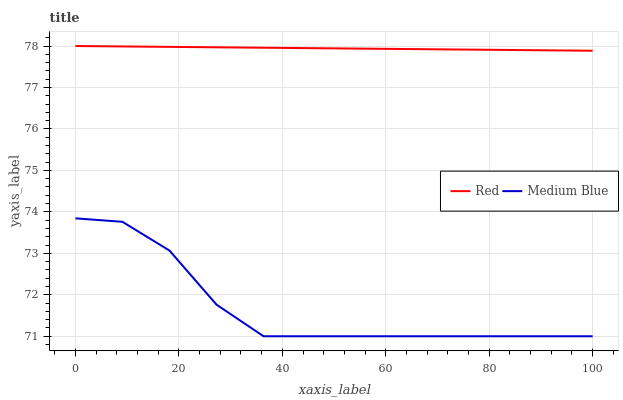
| xaxis_label | Red | Medium Blue |
 | --- | --- | --- |
 | 0 | 78 | 73.8 |
 | 9.09 | 78 | 73.8 |
 | 18.2 | 78 | 73.1 |
 | 27.3 | 78 | 71.8 |
 | 36.4 | 78 | 71 |
 | 45.5 | 77.9 | 71 |
 | 54.5 | 77.9 | 71 |
 | 63.6 | 77.9 | 71 |
 | 72.7 | 77.9 | 71 |
 | 81.8 | 77.9 | 71 |
 | 90.9 | 77.9 | 71 |
 | 100 | 77.9 | 71 |